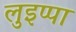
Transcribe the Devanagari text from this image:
लुइप्पा